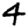
Digit: 4